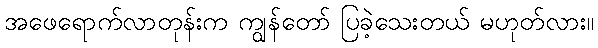
အဖေရောက်လာတုန်းက ကျွန်တော် ပြခဲ့သေးတယ် မဟုတ်လား။